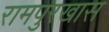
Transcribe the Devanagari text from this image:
रामपुरखास